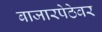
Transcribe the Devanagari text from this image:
बाजारपेठेवर